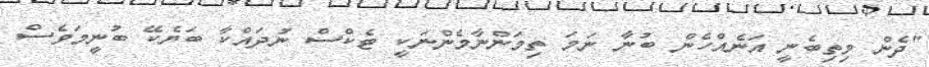
"ދެން މިތިބެނީ އަނެއްހެން ބުނާ ނަމަ ތިމަންނާމެންނަކީ ޓެކްސް ނުދައްކާ ބަޔެކޭ ބުނީމަވެސް